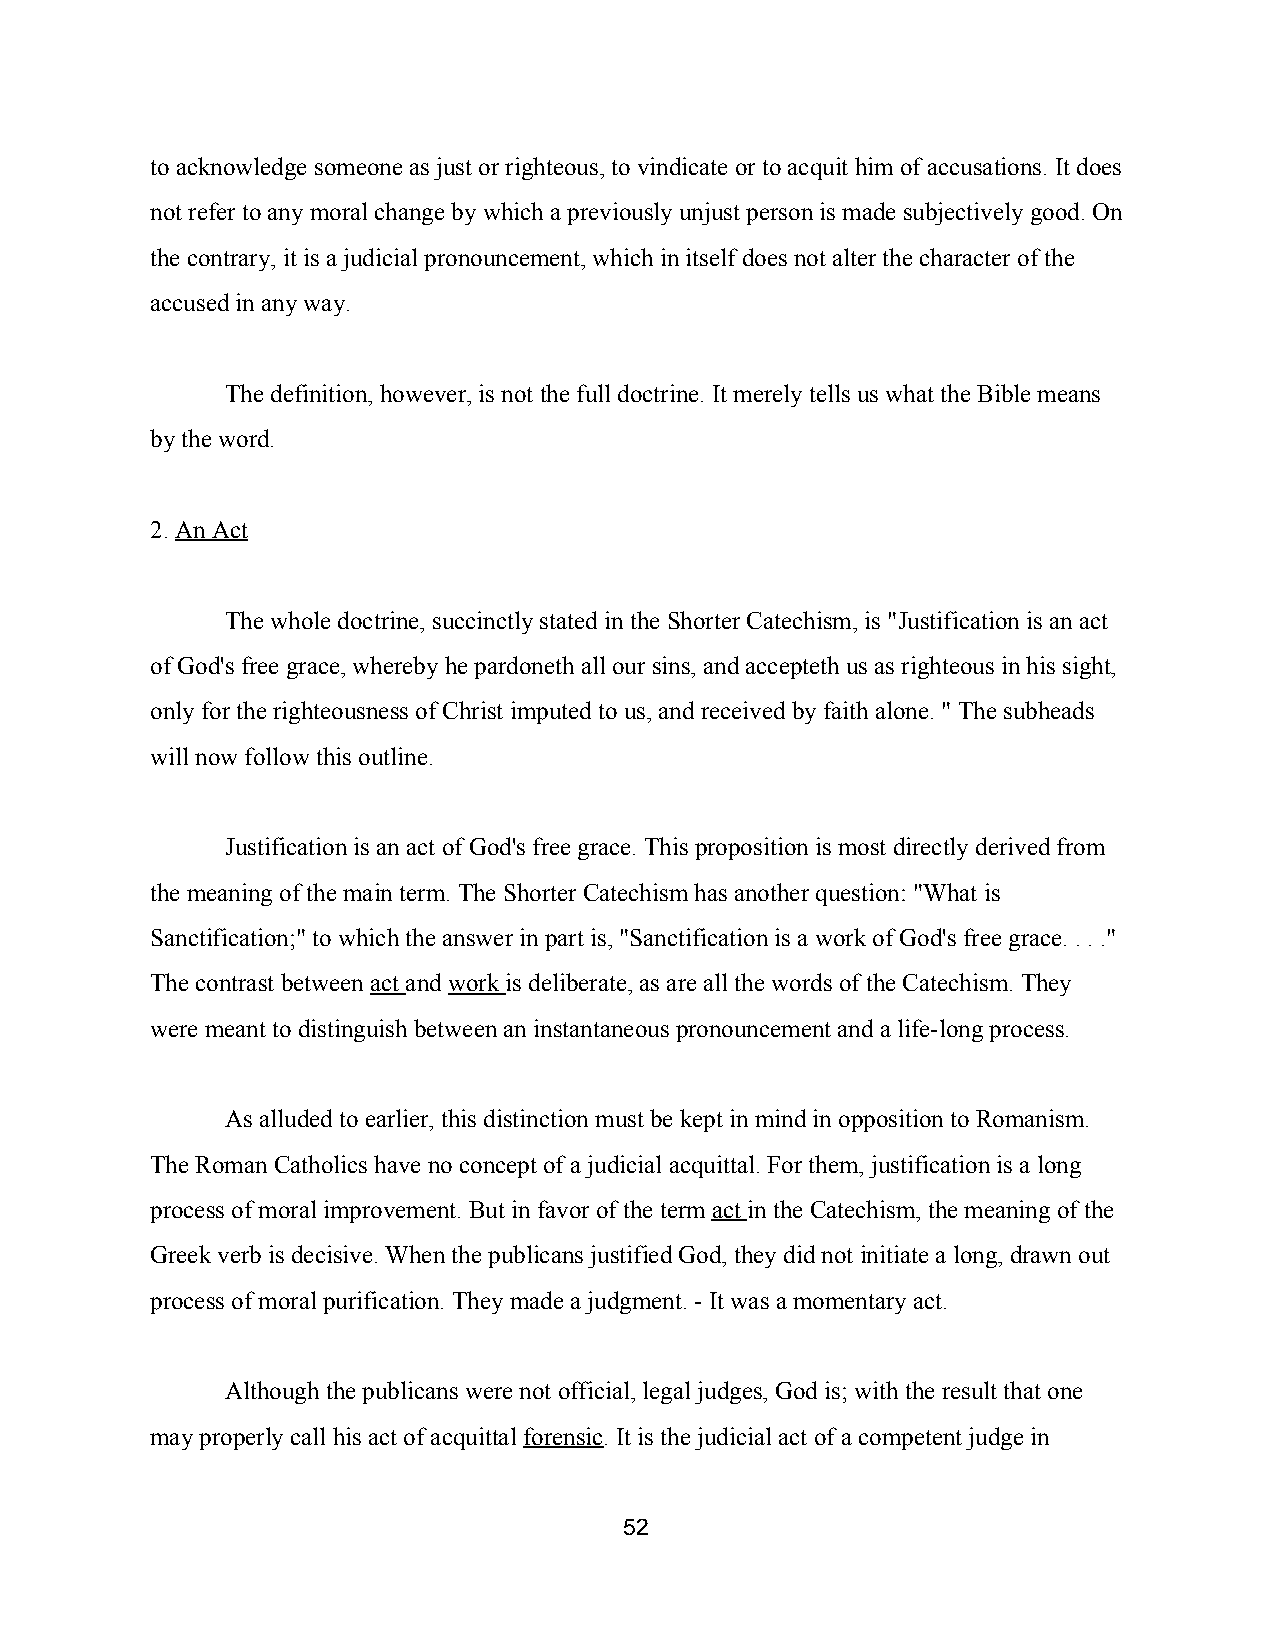
to acknowledge someone as just or righteous, to vindicate or to acquit him of accusations. It does
 not refer to any moral change by which a previously unjust person is made subjectively good. On
 the contrary, it is a judicial pronouncement, which in itself does not alter the character of the
 accused in any way.
 The definition, however, is not the full doctrine. It merely tells us what the Bible means
 by the word.
 2. An Act
 ​
 The whole doctrine, succinctly stated in the Shorter Catechism, is "Justification is an act
 of God's free grace, whereby he pardoneth all our sins, and accepteth us as righteous in his sight,
 only for the righteousness of Christ imputed to us, and received by faith alone. " The subheads
 will now follow this outline.
 Justification is an act of God's free grace. This proposition is most directly derived from
 the meaning of the main term. The Shorter Catechism has another question: "What is
 Sanctification;" to which the answer in part is, "Sanctification is a work of God's free grace. . . ."
 The contrast between act and work is deliberate, as are all the words of the Catechism. They
 ​  ​  ​  ​
 were meant to distinguish between an instantaneous pronouncement and a life­long process.
 As alluded to earlier, this distinction must be kept in mind in opposition to Romanism.
 The Roman Catholics have no concept of a judicial acquittal. For them, justification is a long
 process of moral improvement. But in favor of the term act in the Catechism, the meaning of the
 ​ ​
 Greek verb is decisive. When the publicans justified God, they did not initiate a long, drawn out
 process of moral purification. They made a judgment. ­ It was a momentary act.
 Although the publicans were not official, legal judges, God is; with the result that one
 may properly call his act of acquittal forensic. It is the judicial act of a competent judge in
 ​    ​
 52